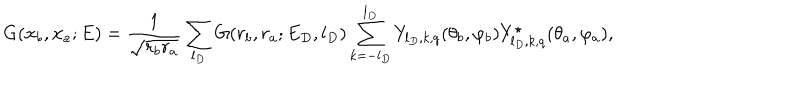
G ( { \bf { x } } _ { b } , { \bf { x } } _ { a } ; E ) = \frac 1 { \sqrt { r _ { b } r _ { a } } } \sum _ { l _ { D } } G ( r _ { b } , r _ { a } ; E _ { D } , l _ { D } ) \sum _ { k = - l _ { D } } ^ { l _ { D } } Y _ { l _ { D } , k , q } ( \theta _ { b } , \varphi _ { b } ) Y _ { l _ { D } , k , q } ^ { \star } ( \theta _ { a } , \varphi _ { a } ) ,